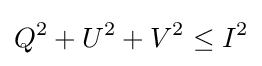
Q^{2}+U^{2}+V^{2}\leq I^{2}